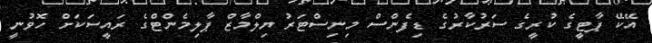
އޭކޭ ޕާޓީގެ ކުރީގެ ސަރުކާރުގެ ޑިފެންސް މިނިސްޓަރު ޔިލްމާޒް ޕާލިމެންޓްގެ ރައީސަކަށް ހޮވުނީ